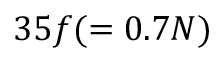
3 5 f ( = 0 . 7 N )